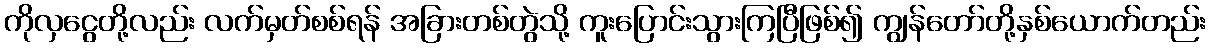
ကိုလှငွေတို့လည်း လက်မှတ်စစ်ရန် အခြားတစ်တွဲသို့ ကူးပြောင်းသွားကြပြီဖြစ်၍ ကျွန်တော်တို့နှစ်ယောက်တည်း